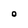
Character: O